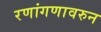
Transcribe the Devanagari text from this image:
रणांगणावरुन